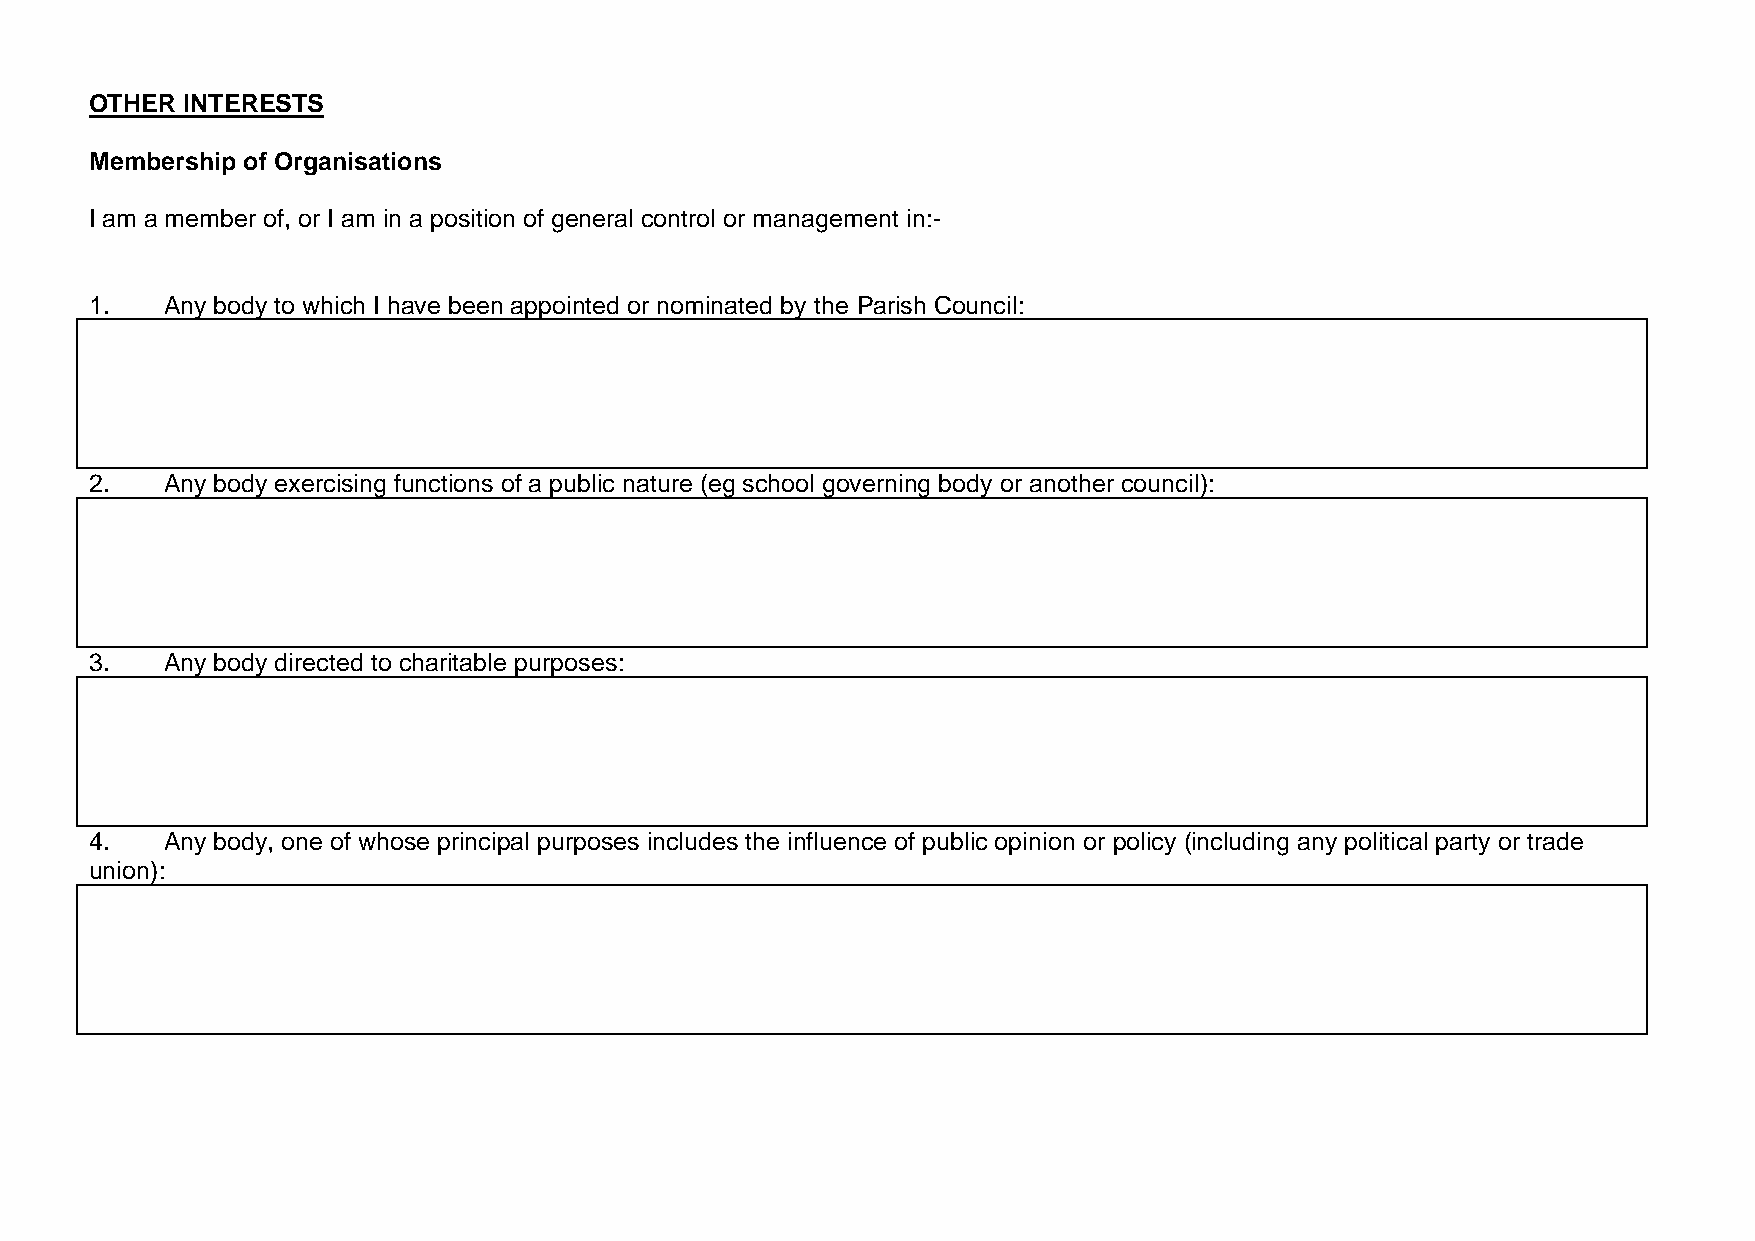
OTHER INTERESTS
 Membership of Organisations
 I am a member of, or I am in a position of general control or management in:-
 1.   Any body to which I have been appointed or nominated by the Parish Council:
 2.   Any body exercising functions of a public nature (eg school governing body or another council):
 3.   Any body directed to charitable purposes:
 4.   Any body, one of whose principal purposes includes the influence of public opinion or policy (including any political party or trade
 union):